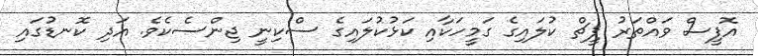
އޮފީސް ވައްތަރު ޕީޗް ކުލައިގެ ގަމީހަކާއި ކަޅުކުލައިގެ ސްކިނީ ޖިންސެކެވެ. އަދި ކޮނޑުގައި